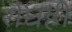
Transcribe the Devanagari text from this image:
रोधही